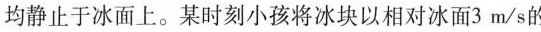
均静止于冰面上。某时刻小孩将冰块以相对冰面3m/s